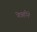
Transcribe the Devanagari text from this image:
नेत्रहीने